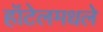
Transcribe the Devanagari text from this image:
हॉटेलमधले